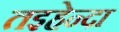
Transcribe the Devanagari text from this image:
तइहेन्दा